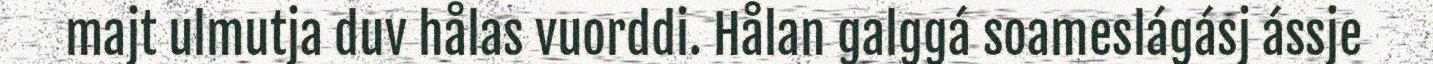
majt ulmutja duv hålas vuorddi. Hålan galggá soameslágásj ássje